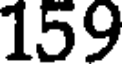
159